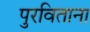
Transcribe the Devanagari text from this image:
पुरविताना